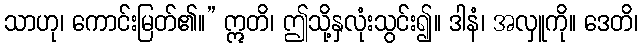
သာဟု၊ ကောင်းမြတ်၏။” ဣတိ၊ ဤသို့နှလုံးသွင်း၍။ ဒါနံ၊ အလှူကို။ ဒေတိ၊